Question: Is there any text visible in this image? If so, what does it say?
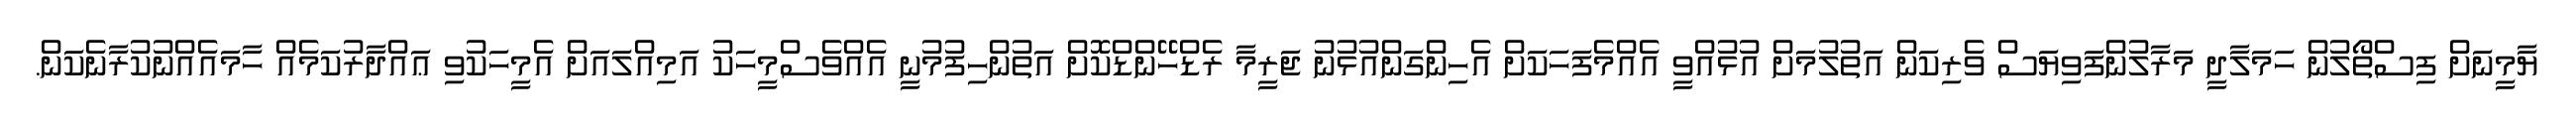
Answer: ޔާމީނަށް ފިސްތޯލުން ހަމަލާދީ މަރާލުންފަވިޔަސް ވެރިކަން އަތުލުމަށް އުޅުއްވީ އެއްމެފަހަކަށް އެހިންގަންއުޅުނު ޖަރީމާ ރެޑްހޭންޑްކޮށް އަތުންހިފުމުނީ އެއްވެސްމީހަކު އަމިއްލައަށް އެމީހަކުވި ޢައްދާރުކަމެއް ހާމައެއްނުކުރާނެކަން.